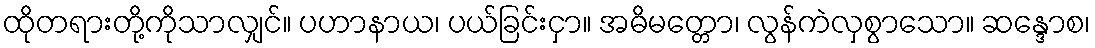
ထိုတရားတို့ကိုသာလျှင်။ ပဟာနာယ၊ ပယ်ခြင်းငှာ။ အဓိမတ္တော၊ လွန်ကဲလှစွာသော။ ဆန္ဒောစ၊